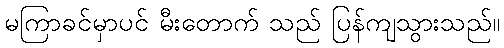
မကြာခင်မှာပင် မီးတောက် သည် ပြန်ကျသွားသည်။